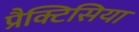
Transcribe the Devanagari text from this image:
प्रैक्टिसिया